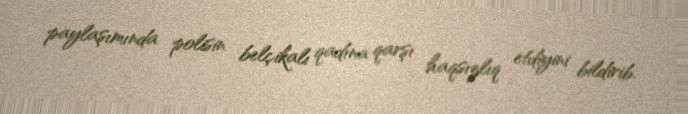
paylaşımında polisin belçikalı qadına qarşı haqsızlıq etdiyini bildirib.